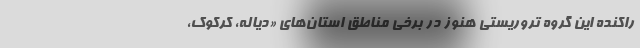
راکنده این گروه تروریستی هنوز در برخی مناطق استان‌های «دیاله، کرکوک،